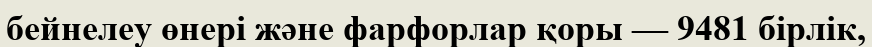
бейнелеу өнері және фарфорлар қоры — 9481 бірлік,